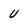
Character: U